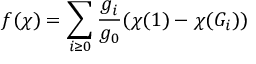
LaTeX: f ( \chi ) = \sum _ { i \geq 0 } { \frac { g _ { i } } { g _ { 0 } } } ( \chi ( 1 ) - \chi ( G _ { i } ) )